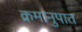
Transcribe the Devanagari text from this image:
क्रमानुपात